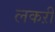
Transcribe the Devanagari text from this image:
लकऱी